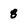
Character: 8